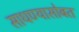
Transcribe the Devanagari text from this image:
साधण्यासोबत